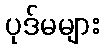
ပုဒ်မများ